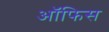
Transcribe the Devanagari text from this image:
आॅफिस